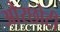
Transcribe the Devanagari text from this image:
औरछोटी